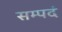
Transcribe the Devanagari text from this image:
सम्पदं